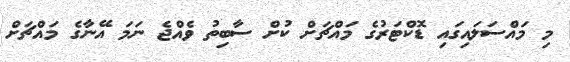
މި މައްސަލައިގައި ޑޮކްޓަރުގެ މައްޗަށް ކުށް ސާބިތު ވެއްޖެ ނަމަ އޭނާގެ މައްޗަށް